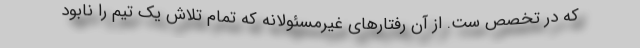
که در تخصص ست. از آن رفتارهای غیرمسئولانه که تمام تلاش یک تیم را نابود